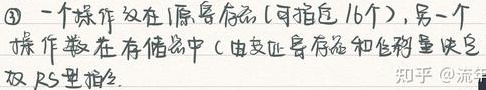
一个操作数在原寄存器（可指定16个），另一个操作数在存储器中（由变址寄存器和位移量决定）双 RS型指令。